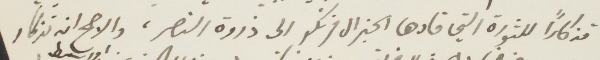
تذكارًا للثورة التي قادها الجنرال فرنكو إلى ذروة النصر، والأصح انه تذكار